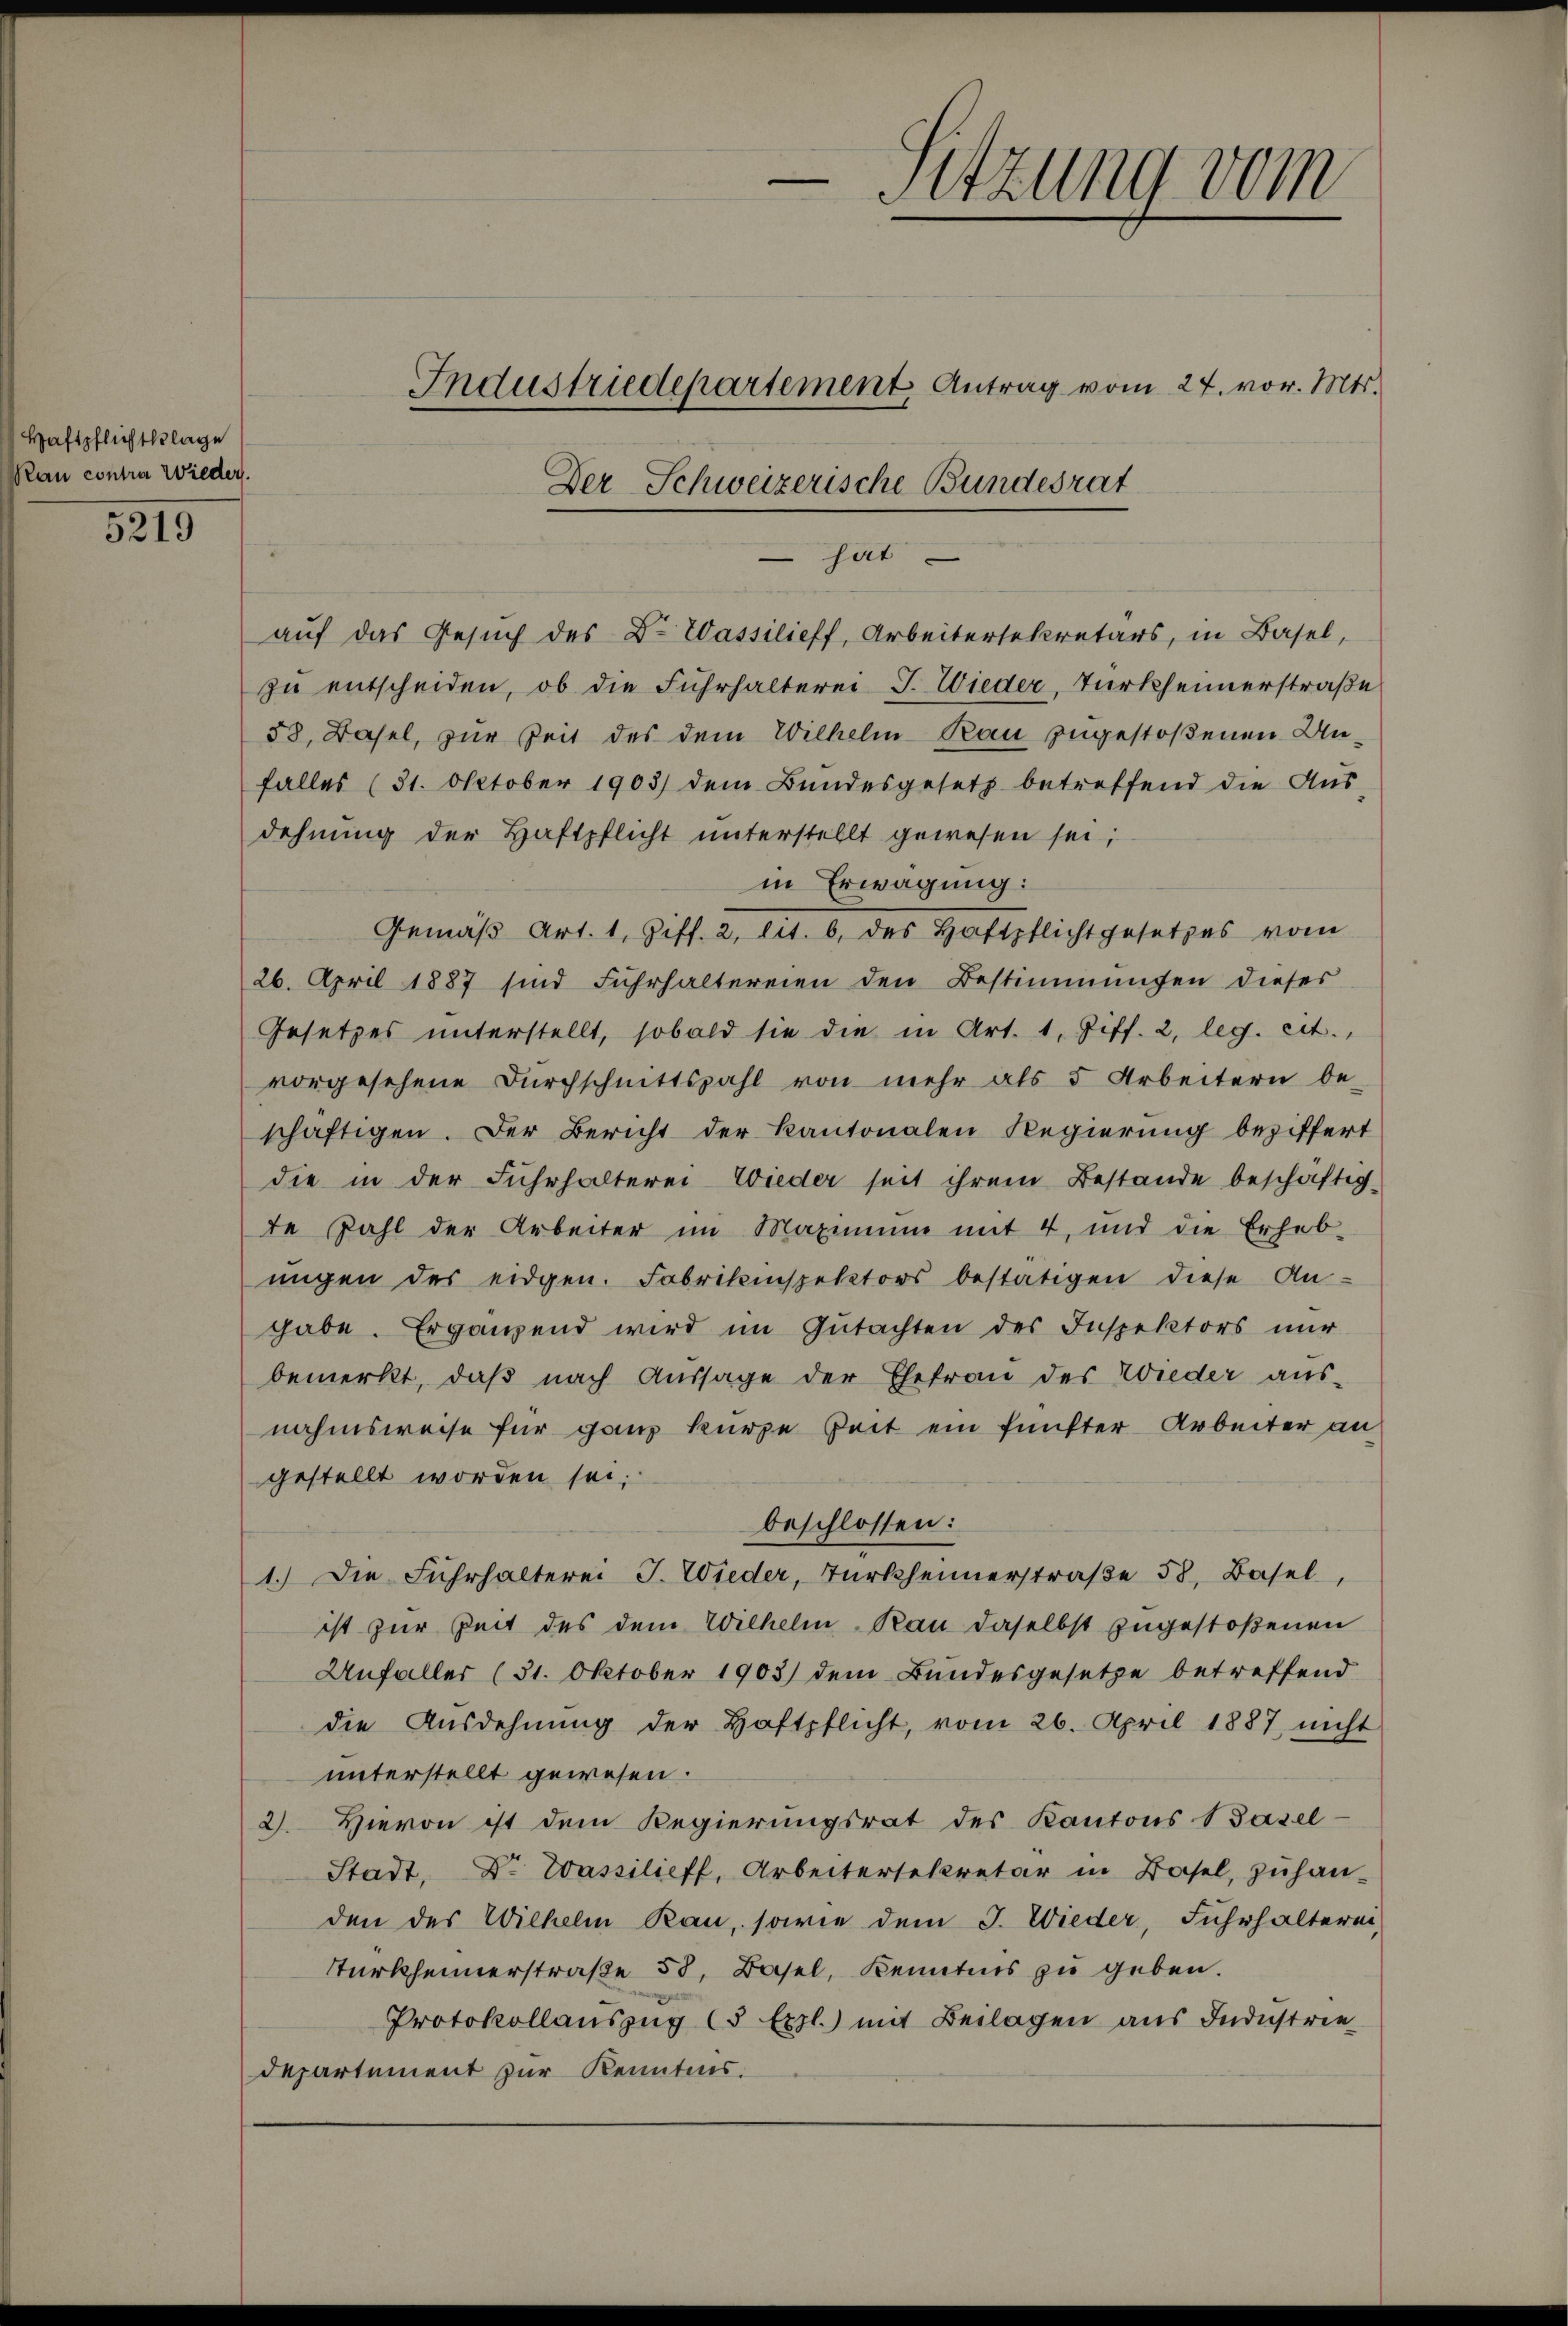
Haftpflichtklage
au contra Wieder.

5219

auf das Gesuch des B. Wassilieff, Arbeitersekretärs, in Basel,
zu entscheiden, ob die Fuhrhalterei J. Wieder, Turkheimerstraße
58, Basel, zur Zeit des dem Wilhelm Rau zugestoßenen Unfalles (31. Oktober 1903) dem Bŭndesgesetz betreffend die Aŭs-
dehnung der Haftpflicht unterstellt gewesen sei;
in Erwägung:
Gemäß Art. 1, Ziff. 2, lit. 6 des Haftpflicht gesetzes vom
26. April 1887 sind Fuhrhaltereien den Bestimmungen dieser
Gesetzes unterstellt, sobald sie die in Art. 1, Ziff. 2, leg. cit.
vorgesehene Dŭrchschnittszahl von mehr als 5 Arbeitern be-
schäftigen. Der Bericht der Kantonalen Regierung beziffert
die in der Fuhrhalterei Wieder seit ihrem Bestande beschäftig-
te Zahl der Arbeiter im Maximum mit 4, und die Erheb-
ŭngen des eidgen. Fabrikinspektors bestätigen diese An-
gabe. Ergänzend wird im Gutachten des Inspektors nur
bemerkt, daß nach Aussage der Ehefrau des Wieder aus-
nahmsweise für ganz kurze Zeit ein fünfter Arbeiter an
gestellt worden sei;
beschlossen:
1.) Die Fuhrhalterei J. Wieder, Turkheimerstraβe 58, Basel,
ist zur Zeit des dem Wilhelm kan daselbst zugestoßenen
Unfaller (31. Oktober 1903) dem Bundesgesetze betreffend
die Ausdehnung der Haftpflicht, vom 26. April 1887, nicht
unterstellt gewesen.
2. Hievon ist dem Regierungsrat des Kantons 1 Basel-
Stadt, Dr. Wassilieff, Arbeitersekretär in Basel, zuhan-
den des Wilhelm kan, sowie dem J. Wieder, Fuhrhalterei,
Turkheimerstraße 58, Basel, Kenntnis zu geben.
Protokollauszug (5 Expl.) mit Beilagen aus Industrie
departement zur Kenntnis.

Sitzung vom
Industriedepartement Antrag vom 27. vor. Mts.

Der Schweizerische Bundesrat
hart